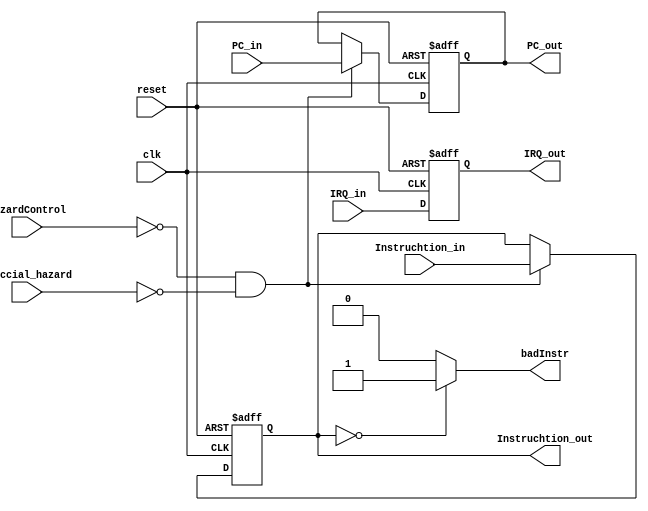
module IFID_Register(speccial_hazard,HazardControl,PC_out,PC_in,Instruchtion_out,Instruchtion_in,clk,reset,IRQ_in,IRQ_out, badInstr);
  input HazardControl;
  input [31:0]Instruchtion_in;
  input [31:0]PC_in;
  input IRQ_in;
  input clk;
  input reset;
  input speccial_hazard;
  output reg [31:0]Instruchtion_out;
  output reg [31:0]PC_out;
  output reg IRQ_out;
  output badInstr;

  assign badInstr = (Instruchtion_out == 32'b0) ? 1 : 0;
  always@(posedge clk or negedge reset)
  begin
    if(!reset)
      begin
        Instruchtion_out<=32'b0;
        PC_out<=32'b0;
        IRQ_out<=1'b0;
      end
    else begin
      if(!HazardControl&&!speccial_hazard)
      begin
        Instruchtion_out<=Instruchtion_in;
        PC_out<=PC_in;
      end
      else
      begin
        Instruchtion_out<=Instruchtion_out;
        PC_out<=PC_out;
      end
      IRQ_out<=IRQ_in;
    end
  end
  
endmodule